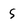
Character: S